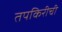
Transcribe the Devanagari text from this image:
तपकिरीची